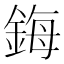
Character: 鋂